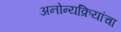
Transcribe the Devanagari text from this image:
अनोन्यक्रियांचा